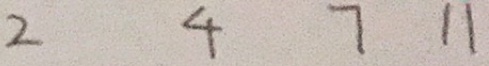
2 4 7 1 1